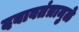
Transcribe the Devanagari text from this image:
दबावतंत्रामुळे